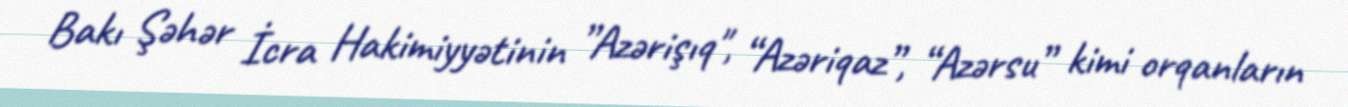
Bakı Şəhər İcra Hakimiyyətinin ”Azərişıq", “Azəriqaz”, “Azərsu” kimi orqanların